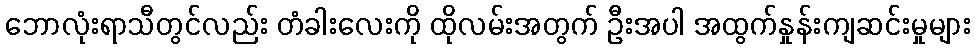
ဘောလုံးရာသီတွင်လည်း တံခါးလေးကို ထိုလမ်းအတွက် ဦးအပါ အထွက်နှုန်းကျဆင်းမှုများ